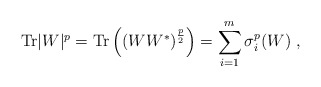
\begin{align*}{\rm Tr}|W|^p= {\rm Tr}\left(\left(WW^* \right)^{\frac{p}{2}}\right)= \sum_{i=1}^{m} \sigma_i^p(W) \ ,\end{align*}